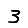
Digit: 3